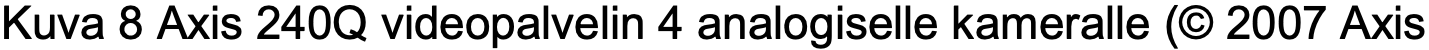
Kuva 8 Axis 240Q videopalvelin 4 analogiselle kameralle (© 2007 Axis